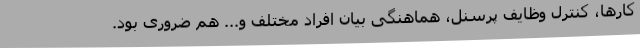
کارها، کنترل وظایف پرسنل، هماهنگی بیان افراد مختلف و... هم ضروری بود.